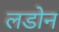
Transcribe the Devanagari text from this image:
लडोन